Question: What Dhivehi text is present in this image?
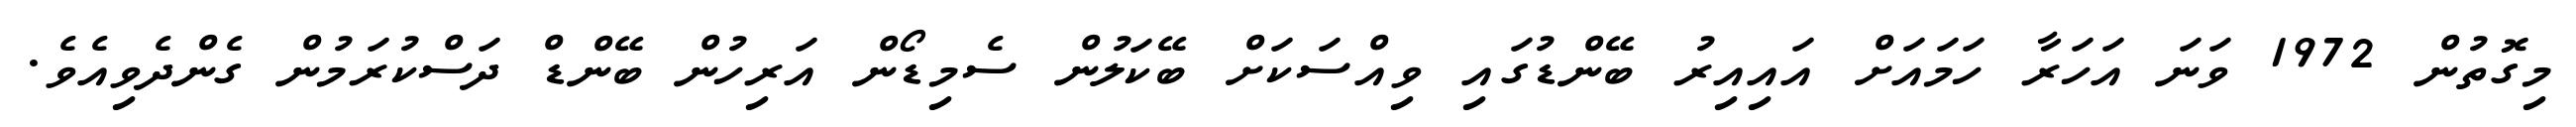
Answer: މިގޮތުން 1972 ވަނަ އަހަރާ ހަމައަށް އައިއިރު ބޭންޑުގައި ވިއްސަކަށް ބޭކަލުން ސެމިޑޯން އަރިހުން ބޭންޑް ދަސްކުރަމުން ގެންދެވިއެވެ.